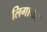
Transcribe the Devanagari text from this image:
लिगायत